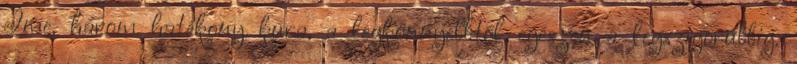
Íme, három hatékony kúra, a legkönnyebbtől egészen a legszigorúbbig.